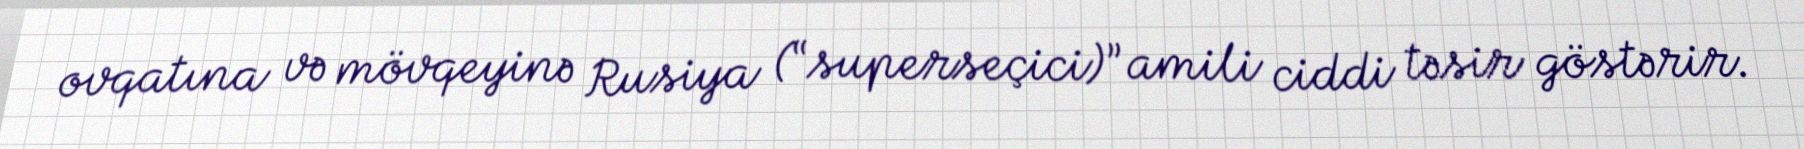
ovqatına və mövqeyinə Rusiya (“superseçici)” amili ciddi təsir göstərir.